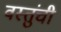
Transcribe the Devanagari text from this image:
वस्तुंची